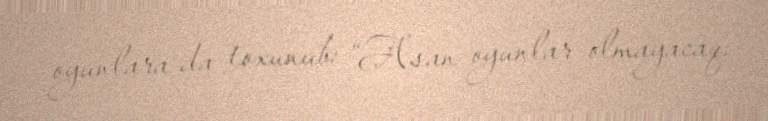
oyunlara da toxunub: “Asan oyunlar olmayacaq.